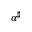
\alpha ^ { \sharp }